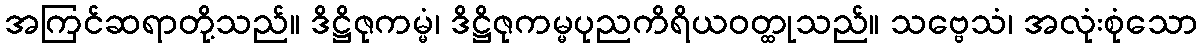
အကြင်ဆရာတို့သည်။ ဒိဋ္ဌိဇုကမ္မံ၊ ဒိဋ္ဌိဇုကမ္မပုညကိရိယဝတ္ထုသည်။ သဗ္ဗေသံ၊ အလုံးစုံသော